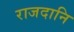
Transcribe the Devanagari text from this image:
राजदानि